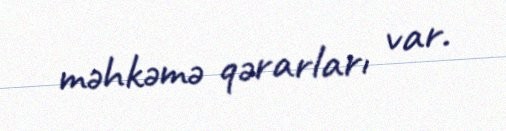
məhkəmə qərarları var.